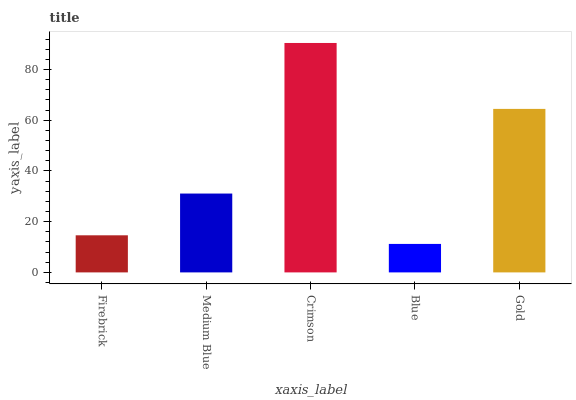
| xaxis_label | bars |
 | --- | --- |
 | Firebrick | 14.6 |
 | Medium Blue | 31.1 |
 | Crimson | 90.5 |
 | Blue | 11.2 |
 | Gold | 64.5 |